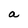
Character: a